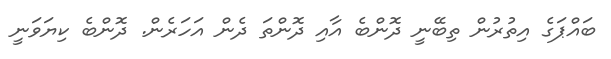
ބައްޕަގެ އިތުރުން ތިބޭނީ ދޮންބެ އާއި ދޮންތަ ދެން އަހަރެން. ދޮންބެ ކިޔަވަނީ